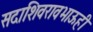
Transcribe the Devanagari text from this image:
सदाशिवरावभाऊही